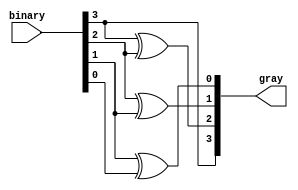
module binary_to_gray (
    input [3:0] binary,
    output [3:0] gray
);
    assign gray[3] = binary[3];
    assign gray[2] = binary[3] ^ binary[2];
    assign gray[1] = binary[2] ^ binary[1];
    assign gray[0] = binary[1] ^ binary[0];
endmodule